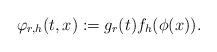
LaTeX: \begin{align*}\varphi_{r,h}(t,x) := g_r(t) f_h(\phi(x)).\end{align*}